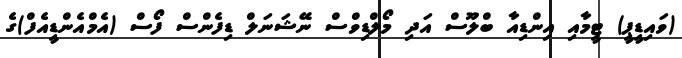
(ވައިޑީޕީ) ޓީމާއި އިންޑިއާ ބްލޫސް އަދި މޯލްޑިވްސް ނޭޝަނަލް ޑިފެންސް ފޯސް (އެމްއެންޑީއެފް)ގެ